Civil Veterinary Dept. Bombay admin report 1932-41 - 1932-1941
Year: 1932
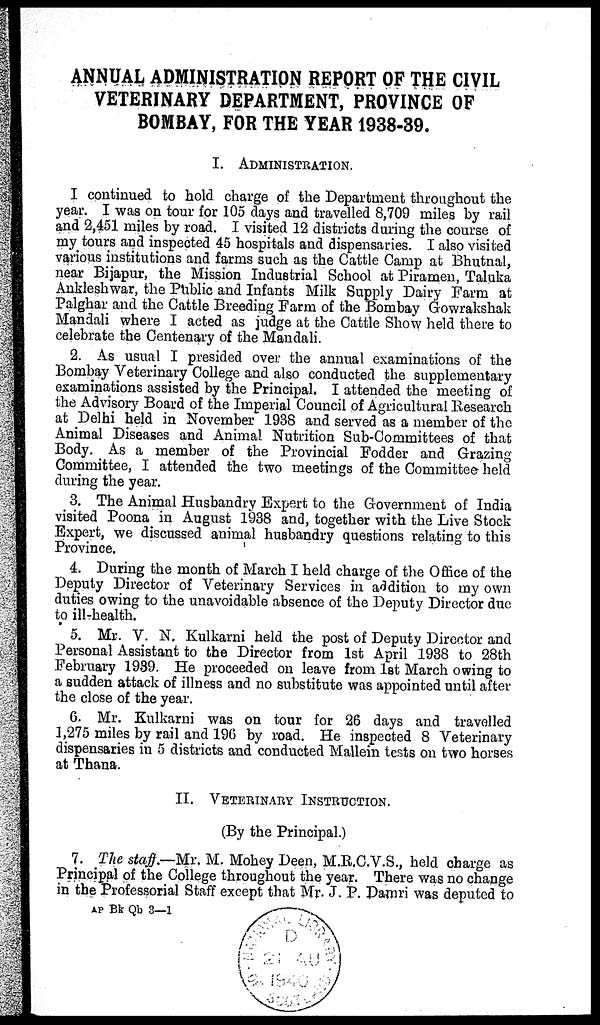
ANNUAL ADMINISTRATION REPORT OF THE CIVIL
VETERINARY DEPARTMENT, PROVINCE OF
BOMBAY, FOR THE YEAR 1938-39.
I.
ADMINISTRATION.
I continued to hold charge of the Department throughout the
year. I was on tour for 105 days and travelled 8,709 miles by rail
and 2,451 miles by road. I visited 12 districts during the course of
my tours and inspected 45 hospitals and dispensaries. I also visited
various institutions and farms such as the Cattle Camp at Bhutnal,
near Bijapur, the Mission Industrial School at Piramen, Taluka
Ankleshwar, the Public and Infants Milk Supply Dairy Farm at
Palghar and the Cattle Breeding Farm of the Bombay Gowrakshak
Mandali where I acted as judge at the Cattle Show held there to
celebrate the Centenary of the Mandali.
2. As usual I presided over the annual examinations of the
Bombay Veterinary College and also conducted the supplementary
examinations assisted by the Principal. I attended the meeting of
the Advisory Board of the Imperial Council of Agricultural Research
at Delhi held in November 1938 and served as a member of the
Animal Diseases and Animal Nutrition Sub-Committees of that
Body. As a member of the Provincial Fodder and Grazing
Committee, I attended the two meetings of the Committee held
during the year.
3. The Animal Husbandry Expert to the Government of India
visited Poona in August 1938 and, together with the Live Stock
Expert, we discussed animal husbandry questions relating to this
Province.
4. During the month of March I held charge of the Office of the
Deputy Director of Veterinary Services in addition to my own
duties owing to the unavoidable absence of the Deputy Director due
to ill-health.
5. Mr. V. N. Kulkarni held the post of Deputy Director and
Personal Assistant to the Director from 1st April 1938 to 28th
February 1939. He proceeded on leave from 1st March owing to
a sudden attack of illness and no substitute was appointed until after
the close of the year.
6. Mr. Kulkarni was on tour for 26 days and travelled
1,275 miles by rail and 196 by road. He inspected 8 Veterinary
dispensaries in 5 districts and conducted Mallein tests on two horses
at Thana.
II. VETERINARY INSTRUCTION.
(By the Principal.)
7. The staff.—Mr. M. Mohey Deen, M.R.C.V.S., held charge as
Principal of the College throughout the year. There was no change
in the Professorial Staff except that Mr. J. P. Damri was deputed to
AP Bk Qb 3—1